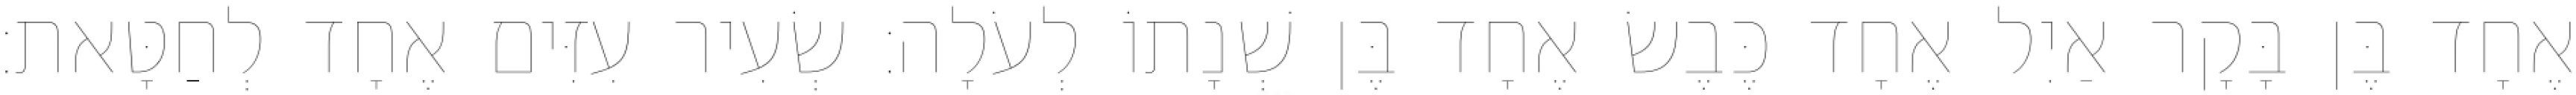
אֶחָד בֶּן בָּקָר אַיִל אֶחָד כֶּבֶשׂ אֶחָד בֶּן שְׁנָתוֹ לְעֹלָה׃ שְׂעִיר עִזִּים אֶחָד לְחַטָּאת׃